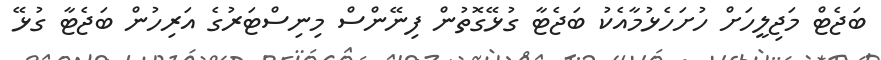
ބަޖެޓް މަޖިލީހަށް ހުށަހެޅުމާއެކު ބަޖެޓާ ގުޅޭގޮތުން ފިނޭންސް މިނިސްޓަރުގެ އަރިހުން ބަޖެޓާ ގުޅޭ